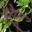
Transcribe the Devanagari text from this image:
धेणू